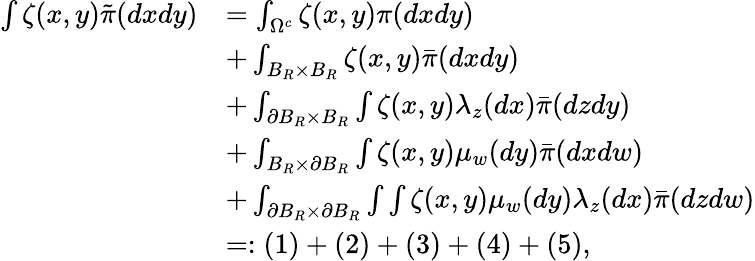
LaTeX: \begin{array}{rl}{\int\zeta(x,y)\tilde{\pi}(dxdy)}&{=\int_{\Omega^{c}}\zeta(x,y)\pi(dxdy)}\\ &{+\int_{B_{R}\times B_{R}}\zeta(x,y)\bar{\pi}(dxdy)}\\ &{+\int_{\partial B_{R}\times B_{R}}\int\zeta(x,y)\lambda_{z}(dx)\bar{\pi}(dzdy)}\\ &{+\int_{B_{R}\times\partial B_{R}}\int\zeta(x,y)\mu_{w}(dy)\bar{\pi}(dxdw)}\\ &{+\int_{\partial B_{R}\times\partial B_{R}}\int\int\zeta(x,y)\mu_{w}(dy)\lambda_{z}(dx)\bar{\pi}(dzdw)}\\ &{=:(1)+(2)+(3)+(4)+(5),}\end{array}